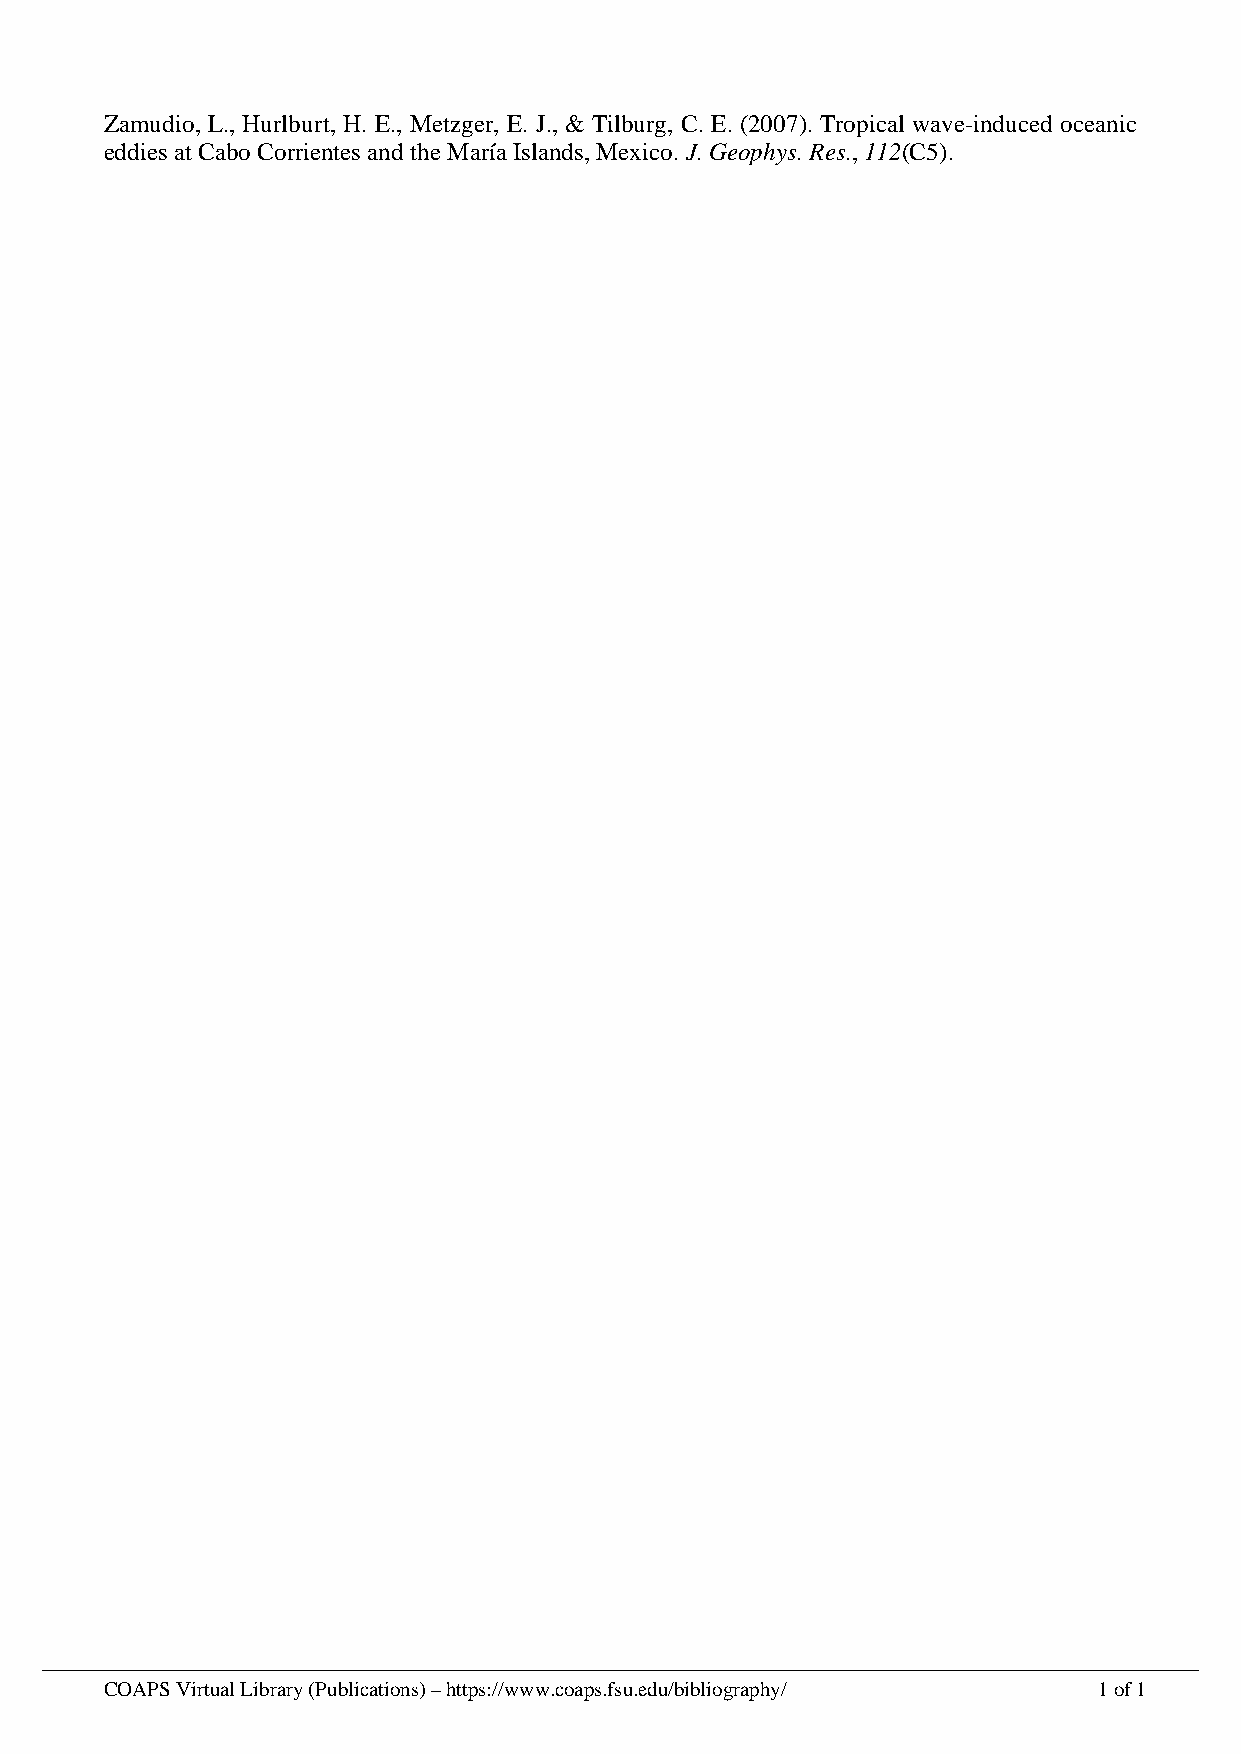
Zamudio, L., Hurlburt, H. E., Metzger, E. J., & Tilburg, C. E. (2007). Tropical wave-induced oceanic
 eddies at Cabo Corrientes and the María Islands, Mexico. J. Geophys. Res., 112(C5).
 COAPS Virtual Library (Publications) – https://www.coaps.fsu.edu/bibliography/ 1 of 1